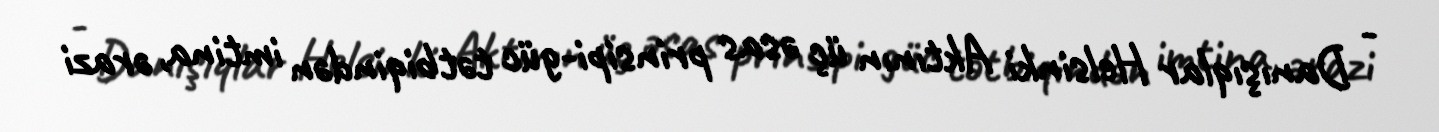
- Danışıqlar Helsinki Aktının üç əsas prinsipi-güc tətbiqindən imtina, ərazi